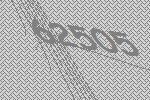
62505